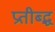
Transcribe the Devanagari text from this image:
प्रतीब्द्ध